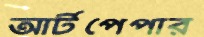
আর্টপেপার